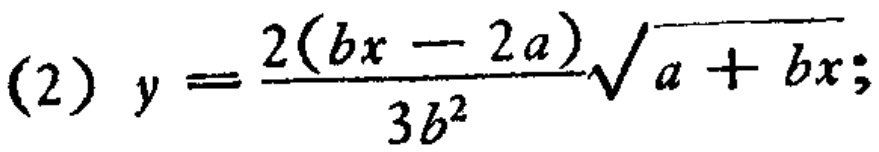
(2) \(y = \frac{2(bx - 2a)}{3b^{2}}\sqrt{a + bx}\);